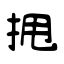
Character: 𫝺